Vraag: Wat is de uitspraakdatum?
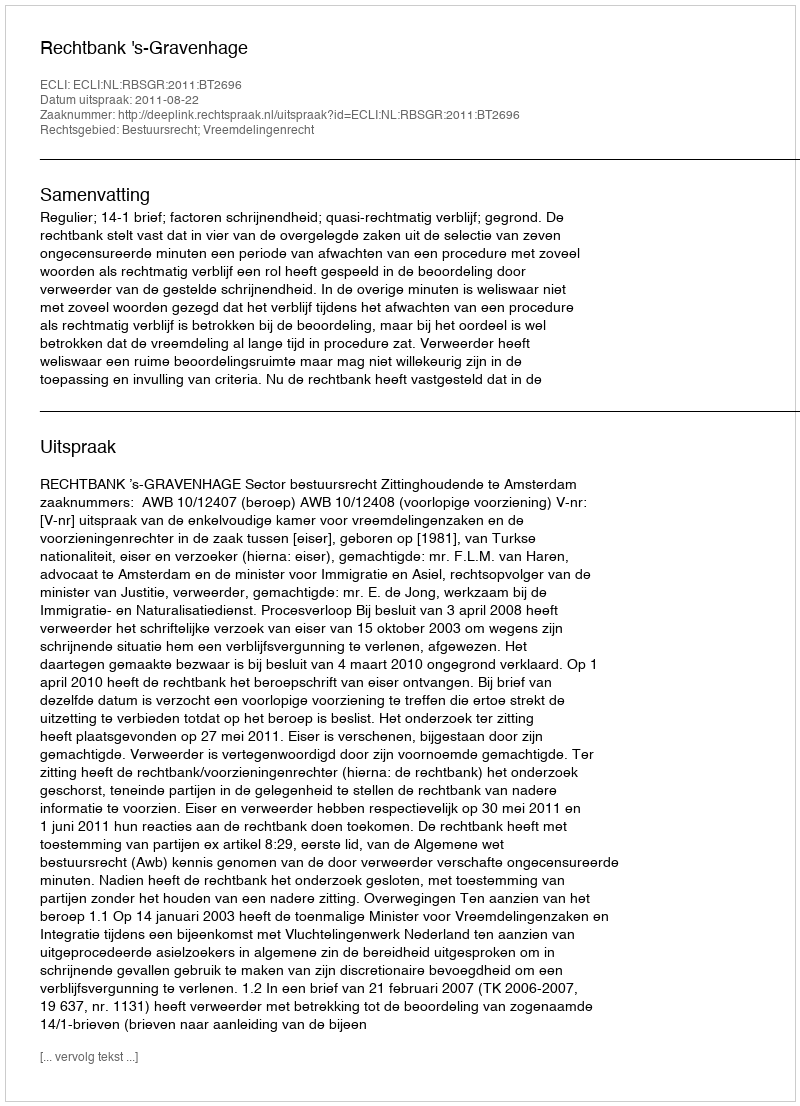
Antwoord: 2011-08-22